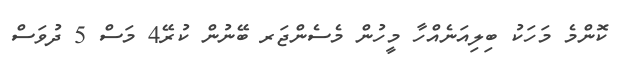
ކޮންމެ މަހަކު ބިލިއަނެއްހާ މީހުން މެސެންޖަރ ބޭނުން ކުރޭ4 މަސް 5 ދުވަސް